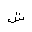
Letter: _shin